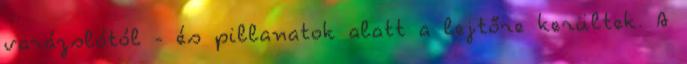
varázslótól - és pillanatok alatt a lejtőre kerültek. A